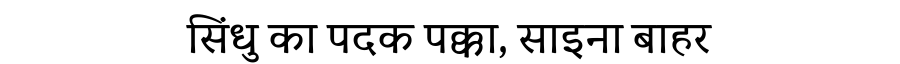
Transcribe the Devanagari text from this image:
सिंधु का पदक पक्का, साइना बाहर